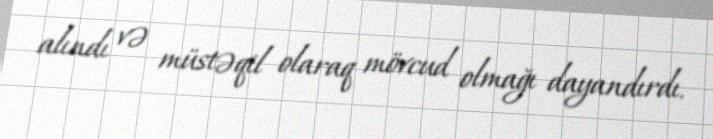
alındı və müstəqil olaraq mövcud olmağı dayandırdı.